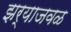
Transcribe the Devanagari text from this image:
झर्याजवळ